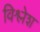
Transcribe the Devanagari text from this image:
विश्लेश